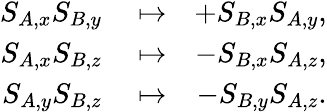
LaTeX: \begin{array}{rlr}{S_{A,x}S_{B,y}}&{{}\mapsto}&{+S_{B,x}S_{A,y},}\\ {S_{A,x}S_{B,z}}&{{}\mapsto}&{-S_{B,x}S_{A,z},}\\ {S_{A,y}S_{B,z}}&{{}\mapsto}&{-S_{B,y}S_{A,z}.}\end{array}